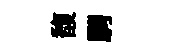
馥騁